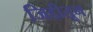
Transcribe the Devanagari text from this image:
जिद्दीतून